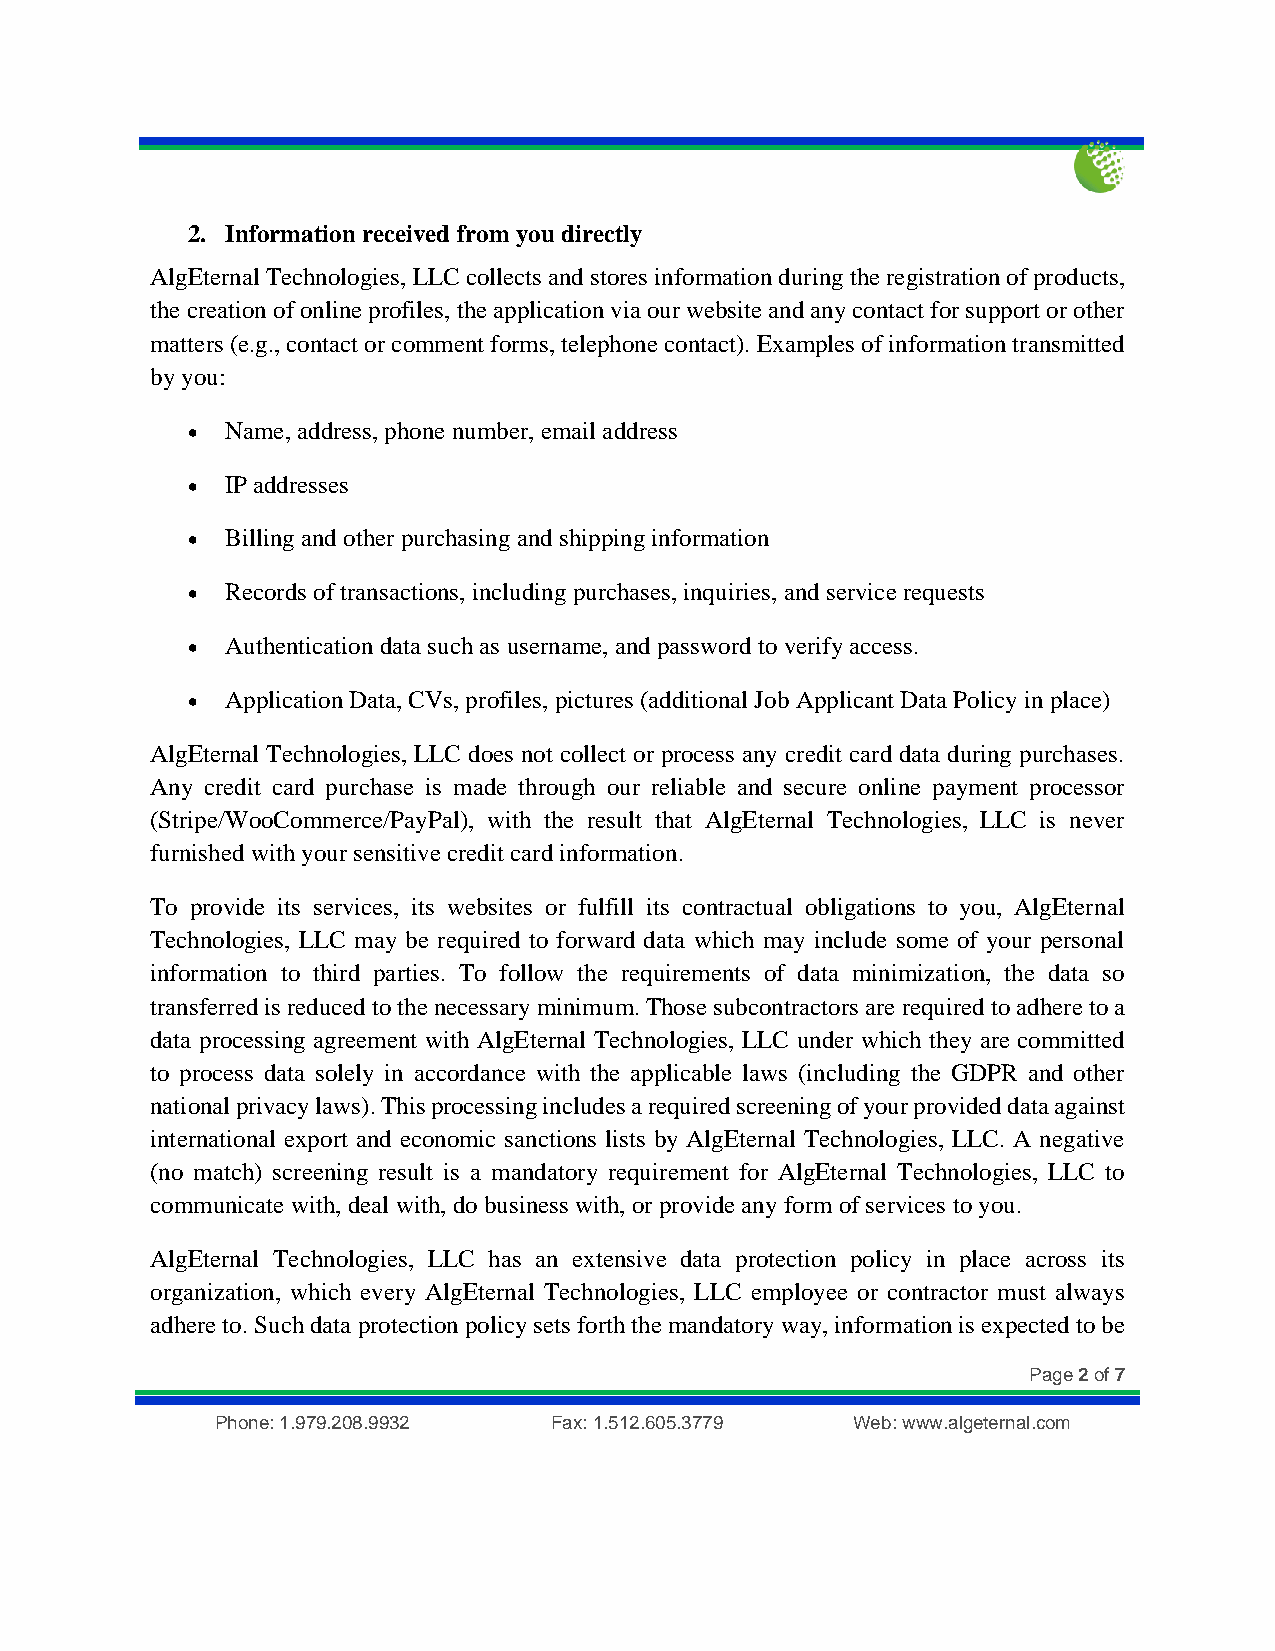
2. Information received from you directly
 AlgEternal Technologies, LLC collects and stores information during the registration of products,
 the creation of online profiles, the application via our website and any contact for support or other
 matters (e.g., contact or comment forms, telephone contact). Examples of information transmitted
 by you:
 •  Name, address, phone number, email address
 •  IP addresses
 •  Billing and other purchasing and shipping information
 •  Records of transactions, including purchases, inquiries, and service requests
 •  Authentication data such as username, and password to verify access.
 •  Application Data, CVs, profiles, pictures (additional Job Applicant Data Policy in place)
 AlgEternal Technologies, LLC does not collect or process any credit card data during purchases.
 Any credit card purchase is made through our reliable and secure online payment processor
 (Stripe/WooCommerce/PayPal), with the result that AlgEternal Technologies, LLC is never
 furnished with your sensitive credit card information.
 To provide its services, its websites or fulfill its contractual obligations to you, AlgEternal
 Technologies, LLC may be required to forward data which may include some of your personal
 information to third parties. To follow the requirements of data minimization, the data so
 transferred is reduced to the necessary minimum. Those subcontractors are required to adhere to a
 data processing agreement with AlgEternal Technologies, LLC under which they are committed
 to process data solely in accordance with the applicable laws (including the GDPR and other
 national privacy laws). This processing includes a required screening of your provided data against
 international export and economic sanctions lists by AlgEternal Technologies, LLC. A negative
 (no match) screening result is a mandatory requirement for AlgEternal Technologies, LLC to
 communicate with, deal with, do business with, or provide any form of services to you.
 AlgEternal Technologies, LLC has an extensive data protection policy in place across its
 organization, which every AlgEternal Technologies, LLC employee or contractor must always
 adhere to. Such data protection policy sets forth the mandatory way, information is expected to be
 Page 2 of 7
 Phone: 1.979.208.9932 Fax: 1.512.605.3779 Web: www.algeternal.com